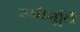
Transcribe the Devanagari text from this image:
स्त्रीमूर्ति